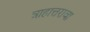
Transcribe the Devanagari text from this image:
त्राहात्तरावा